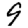
Digit: 9